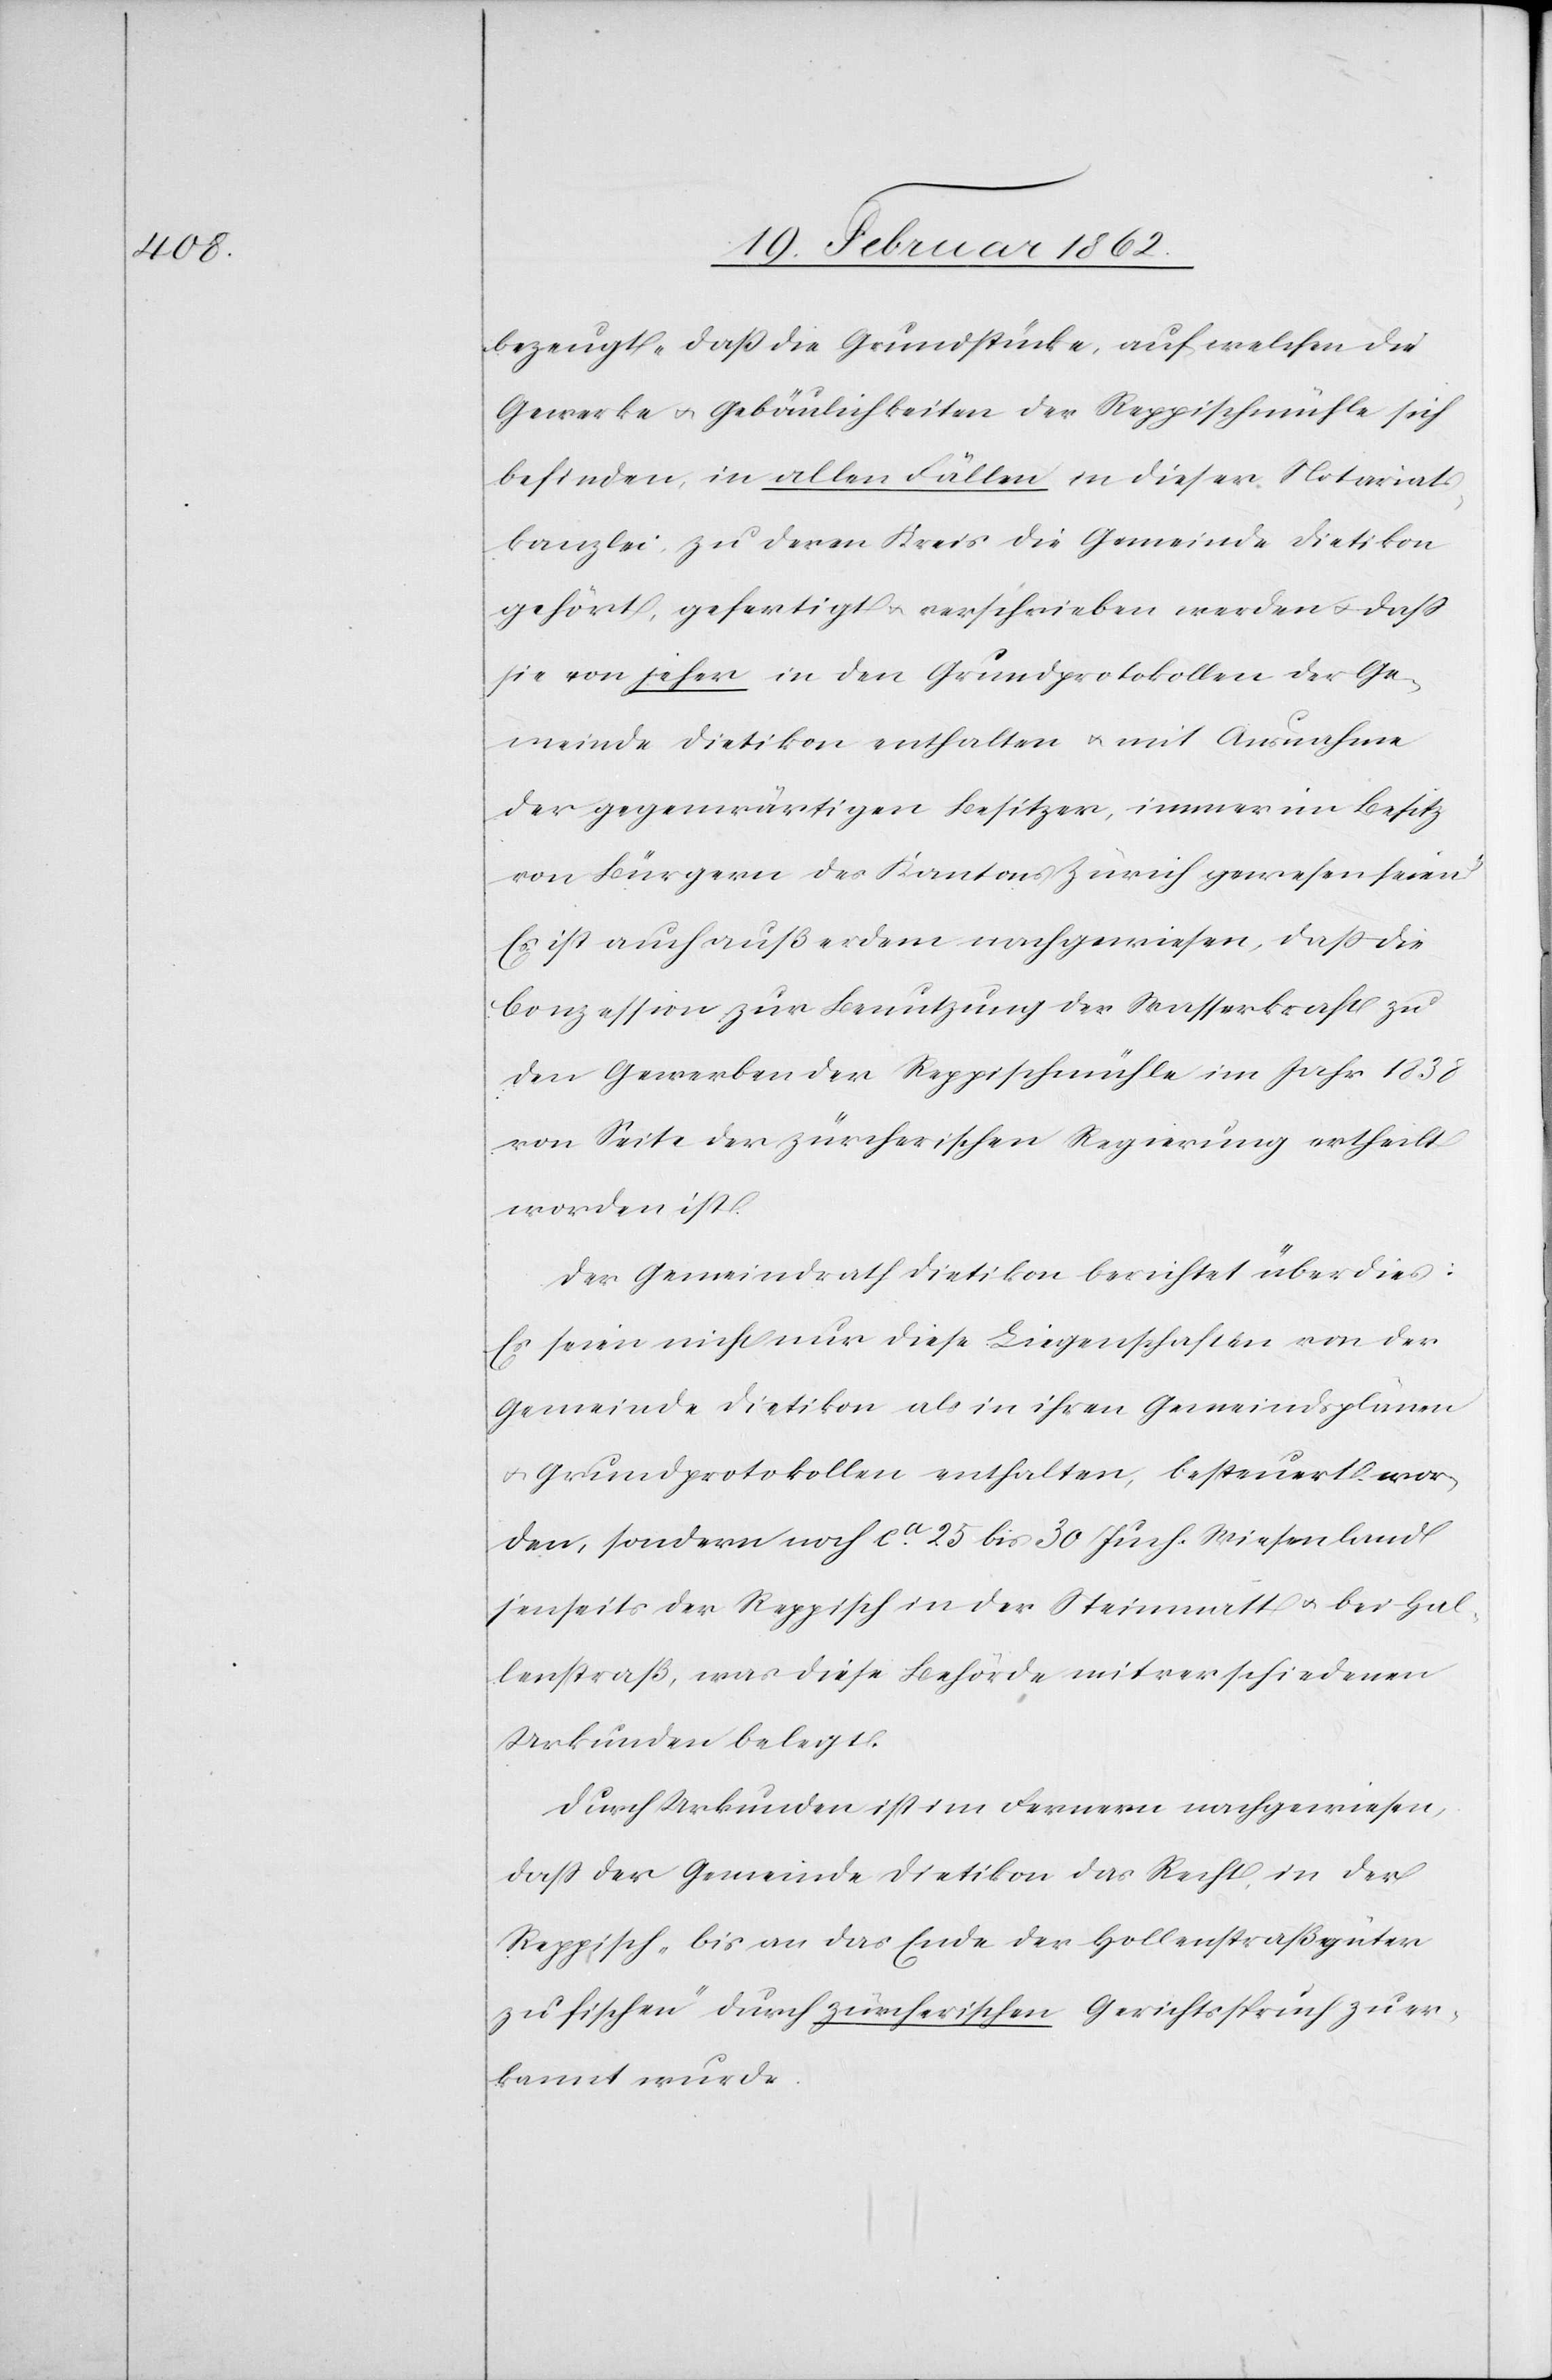
bezeugt „daß die Grundstücke, auf welchen die
Gewerke u. Gebäulichkeiten der Reppischmühle sich
befinden, in allen Fällen in dieser Notariats¬
kanzlei, zu deren Kreis die Gemeinde Dietikon
gehört, gefertigt u. verschrieben werden u. daß
sie von jeher in den Grundprotokollen der Ge¬
meinde Dietikon enthalten u. mit Ausnahme
der gegenwärtigen Besitzer, immer im Besitz
von Bürgern des Kantons Zürich gewesen sind.“
Es ist auch außerdem nachgewiesen, daß die
Conzession zur Benutzung der Wasserkraft zu
den Gewerben der Reppischmühle im Jahr 1838
von Seite der zürcherischen Regierung ertheilt
worden ist.
Der Gemeindrath Dietikon berichtet überdies:
Es seien nicht nur diese Liegenschaften von der
Gemeinde Dietikon als in ihren Gemeindsplänen
u. Grundprotokollen enthalten, besteuert wor¬
den, sondern noch ca. 25 bis 30 Juch. Wiesenland
jenseits der Reppisch in der Steinmatt u. bei Hol¬
lenstraß, was diese Behörde mit verschiedenen
Urkunden belegt.
Durch Urkunden ist im Fernern nachgewiesen,
daß der Gemeinde Dietikon das Recht, in der
Reppisch „bis an das Ende der Hollenstraßgüter
zu fischen“ durch zürcherischen Gerichtsspruch zuer¬
kannt wurde.